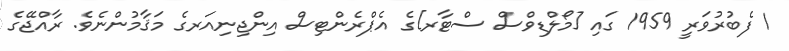
1 ފެބުރުވަރީ 1959 ގައި [މޯލްޑިވްސް ސްޓާރ]ގެ އެޕްރެންޓިސް އިންޖިނިއަރގެ މަޤާމުންނެވެ. ރާއްޖޭގެ